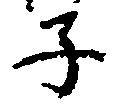
子